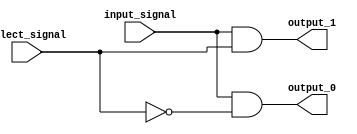
module demux (
    input   wire    input_signal,
    input   wire    select_signal,
    output  reg     output_0,
    output  reg     output_1
);

always @ (*) begin
    output_0 = input_signal & ~select_signal;
    output_1 = input_signal & select_signal;
end

endmodule